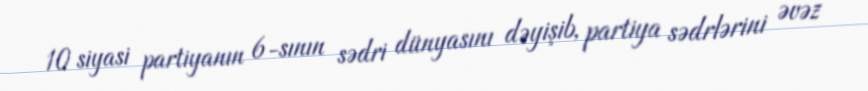
10 siyasi partiyanın 6-sının sədri dünyasını dəyişib, partiya sədrlərini əvəz